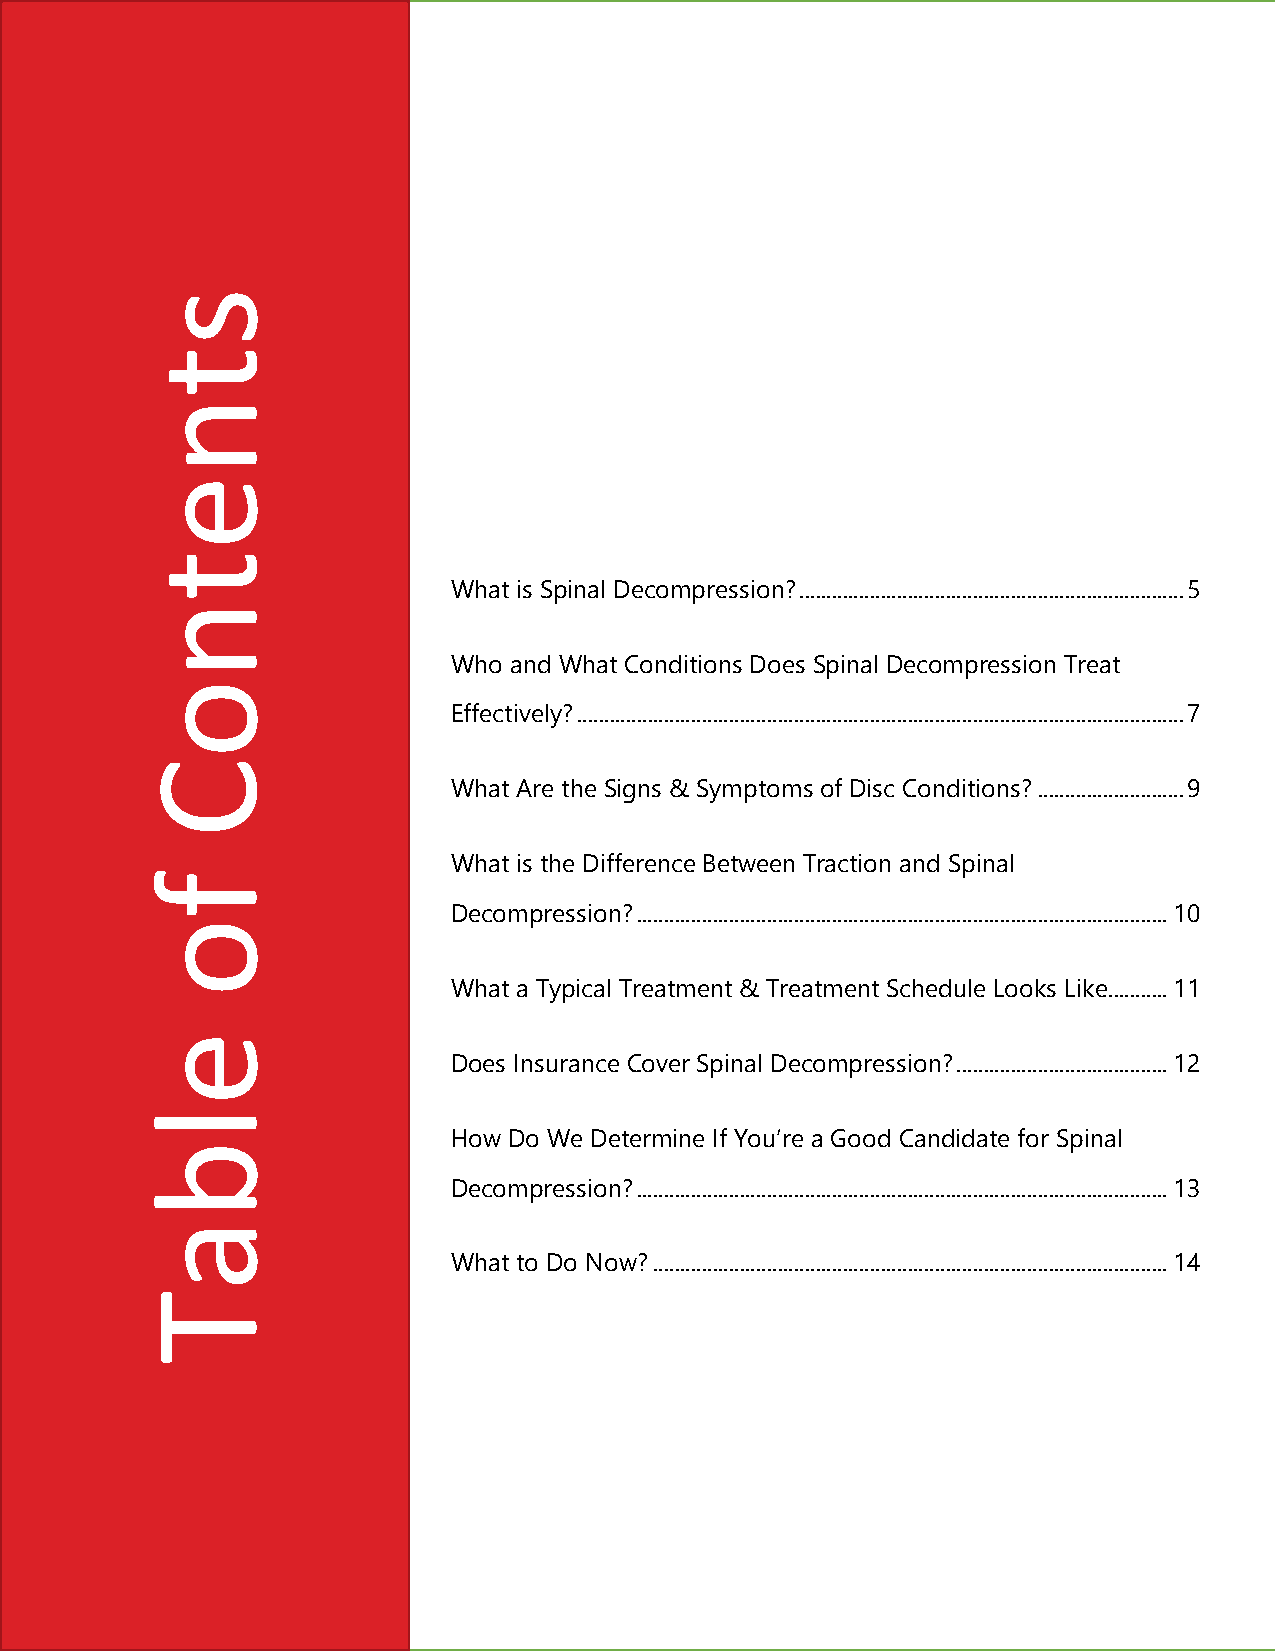
What is Spinal Decompression? ....................................................................... 5
 Who and What Conditions Does Spinal Decompression Treat
 Effectively? ................................................................................................................ 7
 What Are the Signs & Symptoms of Disc Conditions? ........................... 9
 What is the Difference Between Traction and Spinal
 Decompression? .................................................................................................. 10
 What a Typical Treatment & Treatment Schedule Looks Like ........... 11
 Does Insurance Cover Spinal Decompression? ....................................... 12
 How Do We Determine If You’re a Good Candidate for Spinal
 Decompression? .................................................................................................. 13
 What to Do Now? ............................................................................................... 14
 Page | 2
 stnetnoC
 fo
 elbaT